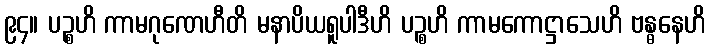
၉၄။ ပဉ္စဟိ ကာမဂုဏေဟီတိ မနာပိယရူပါဒီဟိ ပဉ္စဟိ ကာမကောဋ္ဌာသေဟိ ဗန္ဓနေဟိ